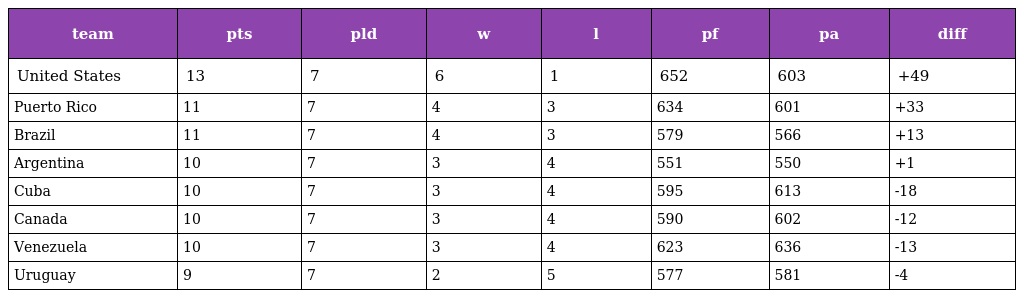
| team | pts | pld | w | l | pf | pa | diff |
 | --- | --- | --- | --- | --- | --- | --- | --- |
 | United States | 13 | 7 | 6 | 1 | 652 | 603 | +49 |
 | Puerto Rico | 11 | 7 | 4 | 3 | 634 | 601 | +33 |
 | Brazil | 11 | 7 | 4 | 3 | 579 | 566 | +13 |
 | Argentina | 10 | 7 | 3 | 4 | 551 | 550 | +1 |
 | Cuba | 10 | 7 | 3 | 4 | 595 | 613 | -18 |
 | Canada | 10 | 7 | 3 | 4 | 590 | 602 | -12 |
 | Venezuela | 10 | 7 | 3 | 4 | 623 | 636 | -13 |
 | Uruguay | 9 | 7 | 2 | 5 | 577 | 581 | -4 |